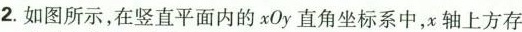
2.如图所示，在竖直平面内的xOy直角坐标系中，x轴上方存